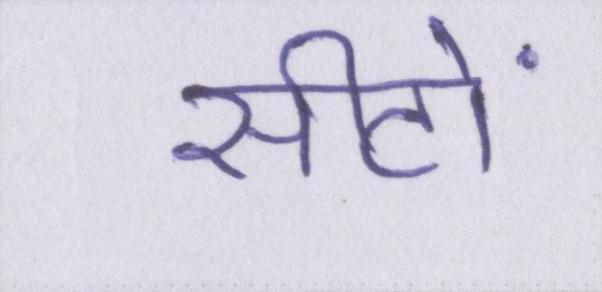
सीटों